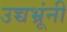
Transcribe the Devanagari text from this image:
उच्चभ्रूंनी